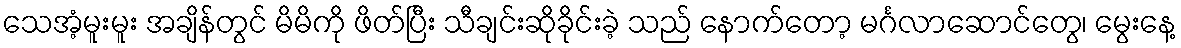
သေအံ့မူးမူး အချိန်တွင် မိမိကို ဖိတ်ပြီး သီချင်းဆိုခိုင်းခဲ့ သည် နောက်တော့ မင်္ဂလာဆောင်တွေ၊ မွေးနေ့